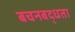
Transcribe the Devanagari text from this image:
बचनबद्धता